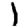
Digit: 1